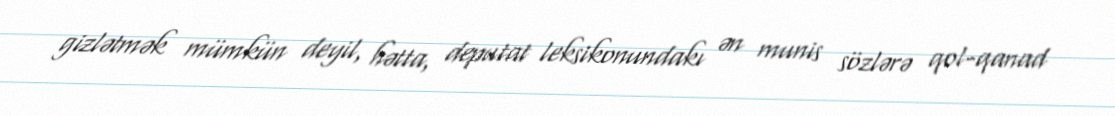
gizlətmək mümkün deyil, hətta, deputat leksikonundakı ən munis sözlərə qol-qanad